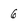
Character: 6